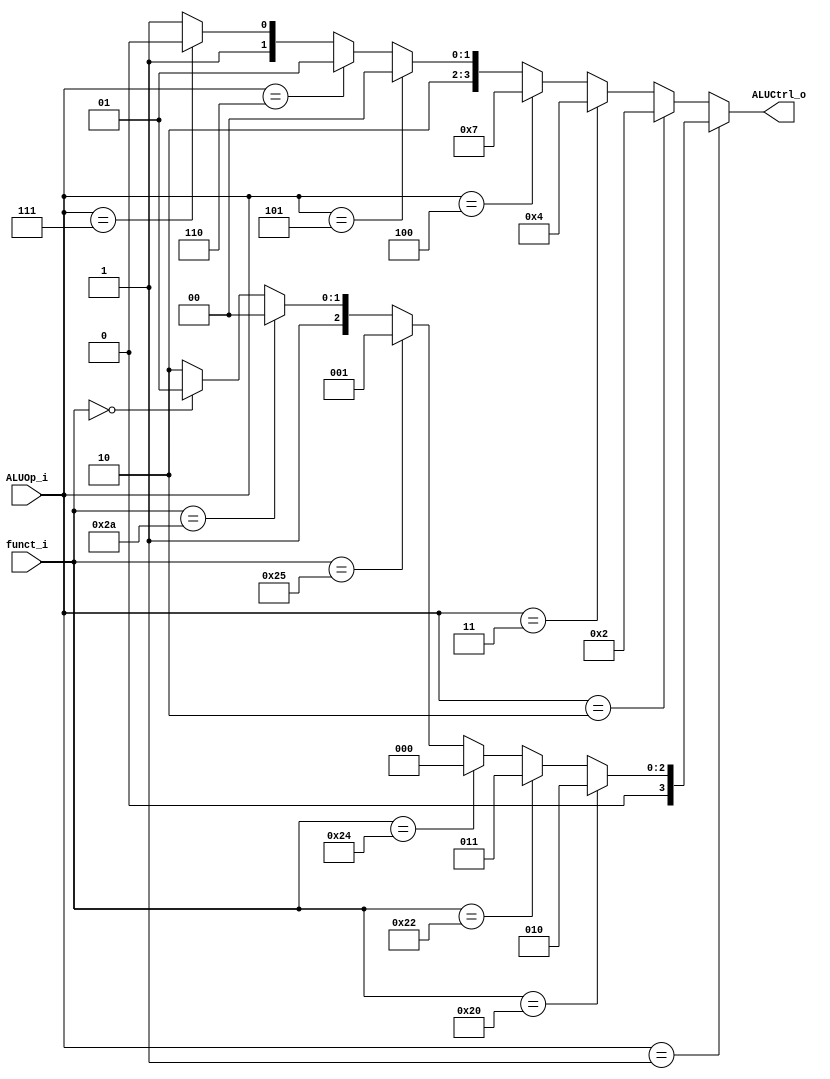
//Subject:     CO project 2 - ALU Controller
//--------------------------------------------------------------------------------
//Version:     1
//--------------------------------------------------------------------------------
//Writer:      
//----------------------------------------------
//Date:        
//----------------------------------------------
//Description: 
//--------------------------------------------------------------------------------

module ALU_Ctrl(
          funct_i,
          ALUOp_i,
          ALUCtrl_o
          );
          
//I/O ports 
input      [6-1:0] funct_i;
input      [3-1:0] ALUOp_i;

output     [4-1:0] ALUCtrl_o;    
     
//Internal Signals
wire        [4-1:0] ALUCtrl_o;

//Parameter

       
//Select exact operation
assign ALUCtrl_o = (ALUOp_i==3'b001)? (
						 (funct_i==6'd32)? 4'd2:  //ADD
						 (funct_i==6'd34)? 4'd3:  //SUB
						 (funct_i==6'd36)? 4'd0:  //AND
						 (funct_i==6'd37)? 4'd1:  //OR
					     	(funct_i==6'd42)? 4'd4:  //SLT
					 	 (funct_i==6'd0)? 4'd5:  //SLL
						  4'd6):  //SLLV
		   (ALUOp_i==3'b010)? 4'd2:		//ADDI
		   (ALUOp_i==3'b011)?4'd4:		//SLTI
		   (ALUOp_i==3'b100)?4'd7:		//BEQ
		   (ALUOp_i==3'b101)?4'd8:		//LUI
		   (ALUOp_i==3'b110)?4'd9:		//ORI
		   (ALUOp_i==3'b111)?4'd10:		//BNE
		   4'd11;	



endmodule